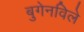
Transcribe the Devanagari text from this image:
बुगेनविले